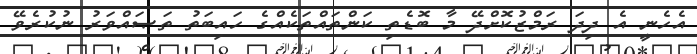
އެހެނީ އެ ދިދަ ރަމްޒުކޮށްދޭ މާ ބޮޑެތި ކަންތައްތަކެއްގެ ހައިބަތު ތަޞައްވަރު ނުކުރެވޭ